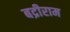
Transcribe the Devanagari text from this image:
बद्रीराम